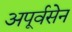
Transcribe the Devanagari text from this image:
अपूर्वसेन